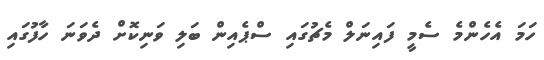
ހަމަ އެހެންމެ ސެމީ ފައިނަލް މެޗުގައި ސްޕެއިން ބަލި ވަނިކޮށް ދެވަނަ ހާފުގައި